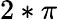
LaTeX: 2*\pi